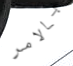
بالامر